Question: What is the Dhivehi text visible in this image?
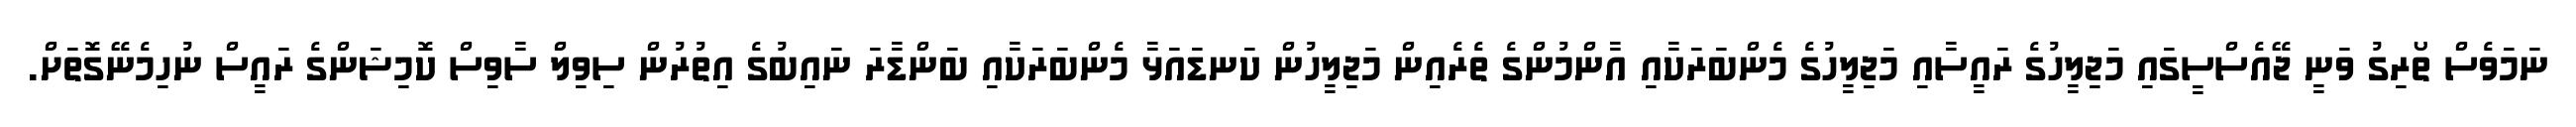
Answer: ނަމަވެސް ތޯރިގު ވަނީ ޖޭއެސްސީގައި މަޖިލީހުގެ ރައީސާއި މަޖިލީހުގެ މެންބަރަކާއި އާންމުންގެ ތެރެއިން މަޖިލީހުން ކަނޑައަޅާ މެންބަރަކާއި ބަންޑާރަ ނައިބުގެ އިތުރުން ސިވިލް ސާވިސް ކޮމިޝަންގެ ރައީސް ނުހިމެނޭގޮތަށް.